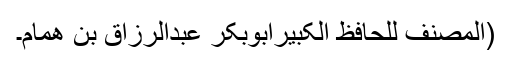
(المصنف للحافظ الکبیرابوبکر عبدالرزاق بن ھمام۔